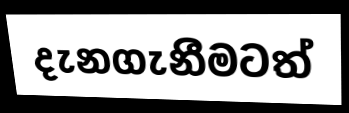
දැනගැනීමටත්